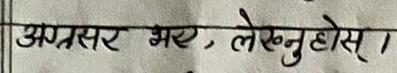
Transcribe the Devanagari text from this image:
अग्रसर भर, लेख्नुहोस् ।